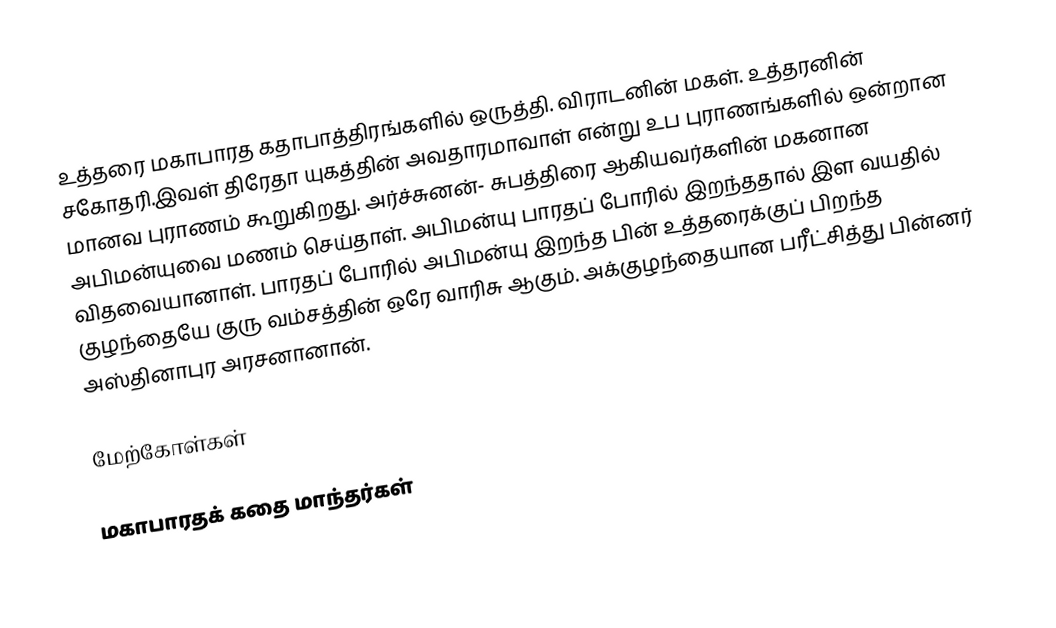
உத்தரை மகாபாரத கதாபாத்திரங்களில் ஒருத்தி. விராடனின் மகள். உத்தரனின் சகோதரி.இவள் திரேதா யுகத்தின் அவதாரமாவாள் என்று உப புராணங்களில் ஒன்றான மானவ புராணம் கூறுகிறது. அர்ச்சுனன்- சுபத்திரை ஆகியவர்களின் மகனான அபிமன்யுவை மணம் செய்தாள். அபிமன்யு பாரதப் போரில் இறந்ததால் இள வயதில் விதவையானாள். பாரதப் போரில் அபிமன்யு இறந்த பின் உத்தரைக்குப் பிறந்த குழந்தையே குரு வம்சத்தின் ஒரே வாரிசு ஆகும். அக்குழந்தையான பரீட்சித்து பின்னர் அஸ்தினாபுர அரசனானான்.

மேற்கோள்கள்

மகாபாரதக் கதை மாந்தர்கள்